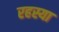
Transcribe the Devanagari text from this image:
रहस्या